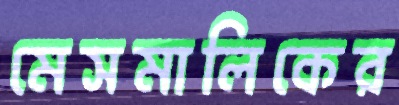
মেসমালিকের